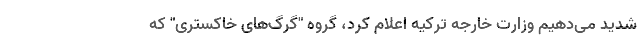
شدید می‌دهیم وزارت خارجه ترکیه اعلام کرد، گروه "گرگ‌های خاکستری" که